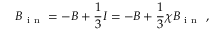
B _ { \mathrm { ~ i ~ n ~ } } = - B + \frac { 1 } { 3 } I = - B + \frac { 1 } { 3 } \chi B _ { \mathrm { ~ i ~ n ~ } } \mathrm { ~ , ~ }